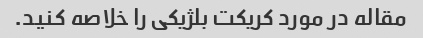
مقاله در مورد کریکت بلژیکی را خلاصه کنید.